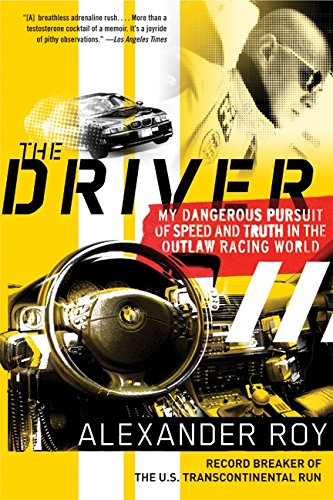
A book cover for The Driver: My Dangerous Pursuit of Speed and Truth in the Outlaw Racing World; Alexander Roy; Sports & Outdoors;